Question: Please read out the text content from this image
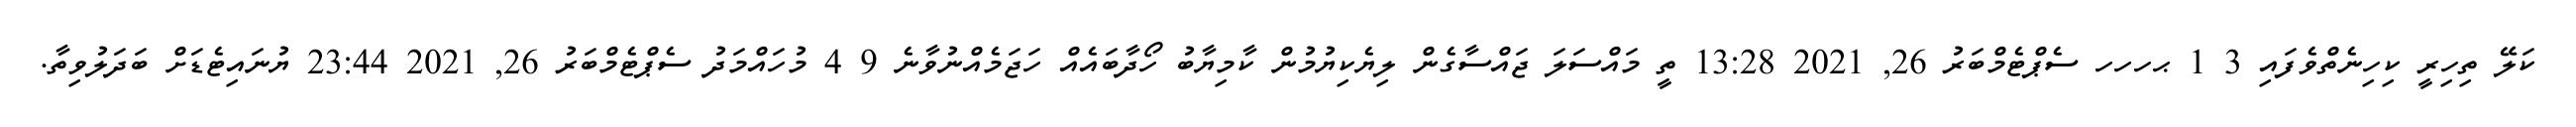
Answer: ކަލޭ ތިހިރީ ކިހިނެތްވެފައި 3 1 ޙހހހ ސެޕްޓެމްބަރު 26, 2021 13:28 ތީ މައްސަލަ ޖައްސާގެން ލިޔެކިޔުމުން ކާމިޔާބު ހޯދާބައެއް ހަޖަމެއްނުވާނެ 9 4 މުހައްމަދު ސެޕްޓެމްބަރު 26, 2021 23:44 ޔުނައިޓެޑަށް ބަދަލުވިތާ.